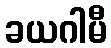
ခယဂါမီ